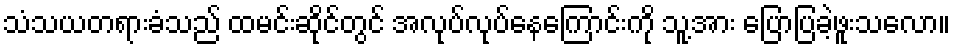
သံသယတရားခံသည် ထမင်းဆိုင်တွင် အလုပ်လုပ်နေကြောင်းကို သူ့အား ပြောပြခဲ့ဖူးသလော။